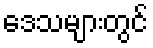
ဒေသများတွင်